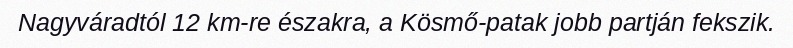
Nagyváradtól 12 km-re északra, a Kösmő-patak jobb partján fekszik.